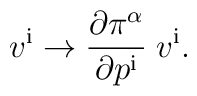
v^{\mathrm{i}} \rightarrow {\partial \pi^\alpha\over \partial p^{\mathrm{i}}}\; v^{\mathrm{i}}.